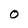
Character: O